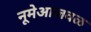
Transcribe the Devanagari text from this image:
नूमेआजवळ